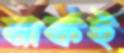
নাকই